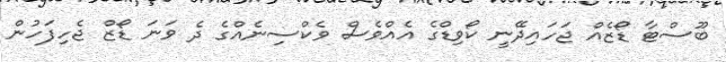
ބޫސްޓާ ޑޯޒެއް ޖަހައިދޭނީ ކޯވިޑްގެ އެއްވެސް ވެކްސިނެއްގެ ދެ ވަނަ ޑޯޒް ޖެހިފަހުން